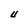
Character: U